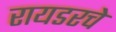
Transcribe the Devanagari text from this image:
रायडरचे